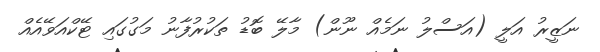
ނަޒީރު އަލީ (އަސްލު ނަމެއް ނޫން) މާލޭ ބޮޑު ތަކުރުފާނު މަގުގައި ޓޭކްއަވޭއެއް